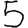
Digit: 5